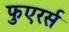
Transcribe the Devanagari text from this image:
फुएरर्स